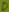
Text: D